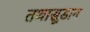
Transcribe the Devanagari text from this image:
तथासूडान